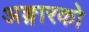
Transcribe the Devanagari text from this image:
अङ्गारको